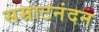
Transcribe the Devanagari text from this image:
सम्राटनंदन